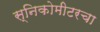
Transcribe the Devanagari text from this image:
स्निकोमीटरचा